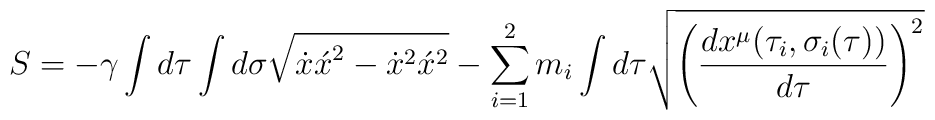
S=-\gamma \int d \tau \int d \sigma \sqrt{{\dot x\acute x}^{2}-{\dot x}^{2}{\acute x}^{2}}-\sum_{i=1}^2 m_i\int d \tau\sqrt{{\left(\frac{d x^{\mu}({\tau}_i,{\sigma}_i(\tau))}                                           { d\tau}\right)}^{2}}